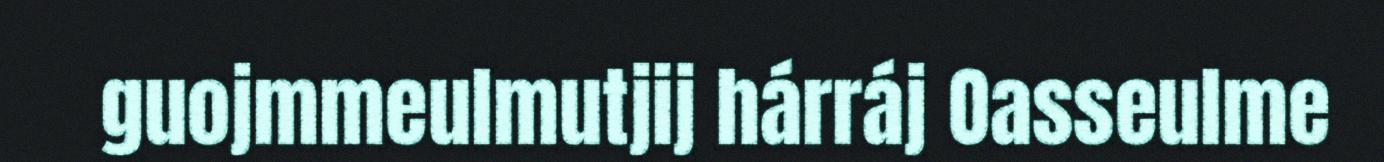
guojmmeulmutjij hárráj Oasseulme